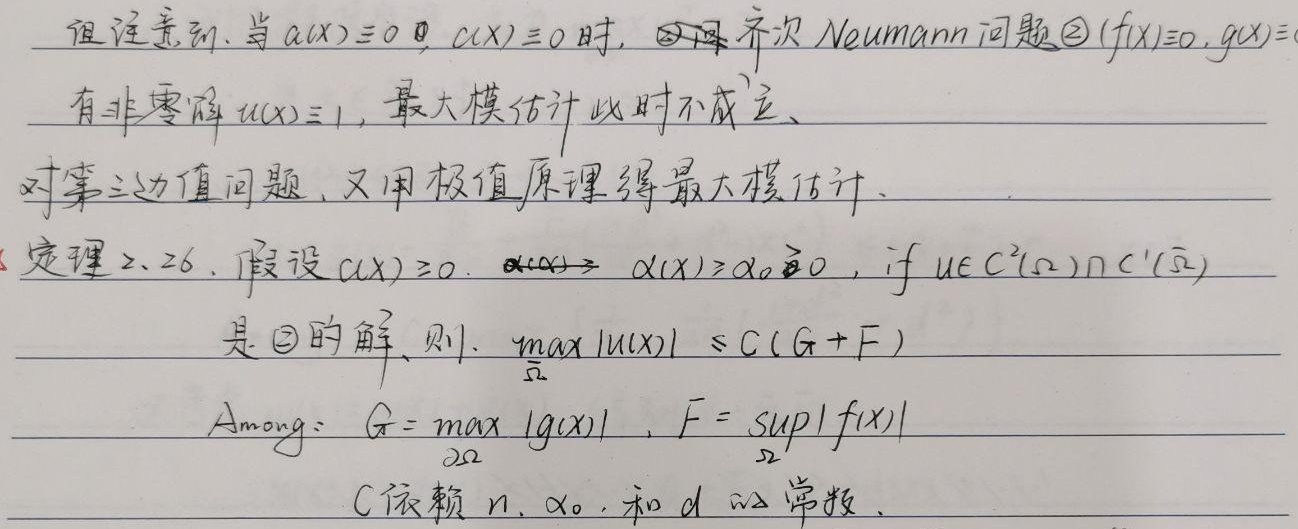
但注意到，当 \(a(x)\equiv0\) 且 \(c(x)\equiv0\) 时，问题为齐次 Neumann 问题（\(f(x)\equiv0, g(x)\equiv0\)）有非零解 \(u(x)\equiv1\)，最大模估计此时不成立。对第三边值问题，又用极值原理得最大模估计。

定理 2.26. 假设 \(c(x)\geq0\)，\(\alpha(x)\geq\alpha_0 > 0\)，若 \(u\in C^{2}(\Omega)\cap C^{1}(\overline{\Omega})\) 是问题的解，则：
\[ \max_{\overline{\Omega}} |u(x)| \leq C(G + F) \]
其中：\(G = \max_{\partial\Omega} |g(x)|\)，\(F=\sup_{\Omega}|f(x)|\)，\(C\) 是依赖 \(n,\alpha_0\) 和 \(d\) 的常数。